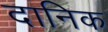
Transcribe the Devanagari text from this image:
दानिक